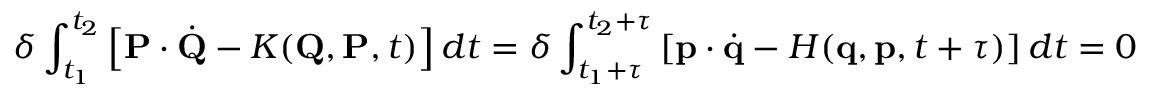
\delta \int _ { t _ { 1 } } ^ { t _ { 2 } } \left[ \mathbf { P } \cdot { \dot { \mathbf { Q } } } - K ( \mathbf { Q } , \mathbf { P } , t ) \right] d t = \delta \int _ { t _ { 1 } + \tau } ^ { t _ { 2 } + \tau } \left[ \mathbf { p } \cdot { \dot { \mathbf { q } } } - H ( \mathbf { q } , \mathbf { p } , t + \tau ) \right] d t = 0